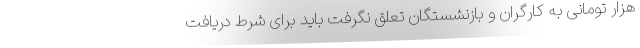
هزار تومانی به کارگران و بازنشستگان تعلق نگرفت باید برای شرط دریافت